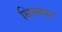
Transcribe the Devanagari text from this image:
धिन्गरा